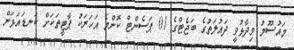
މައުސޫމު ވިދާޅުވީ ދައުލަތުގެ ބަޖެޓްގެ 01 ޕަސެންޓް ކޮންމެ އަހަރަކު ޕާޓީތަކަށް ކަނޑައަޅަން